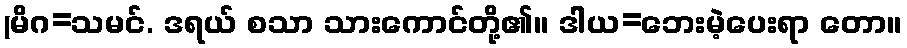
(မိဂ=သမင်. ဒရယ် စသာ သားကောင်တို့၏။ ဒါယ=ဘေးမဲ့ပေးရာ တော။